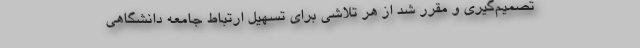
تصمیم‌گیری و مقرر شد از هر تلاشی برای تسهیل ارتباط جامعه دانشگاهی